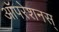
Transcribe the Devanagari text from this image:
ऑपरेशनस्